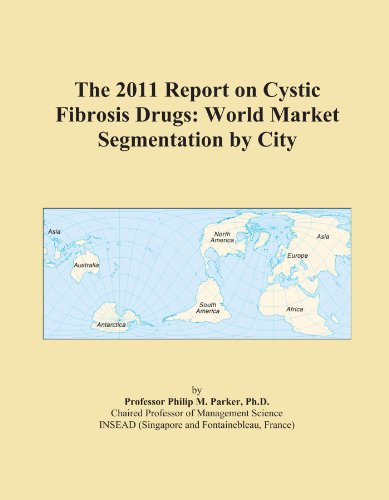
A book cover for The 2011 Report on Cystic Fibrosis Drugs: World Market Segmentation by City; Icon Group International; Health, Fitness & Dieting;